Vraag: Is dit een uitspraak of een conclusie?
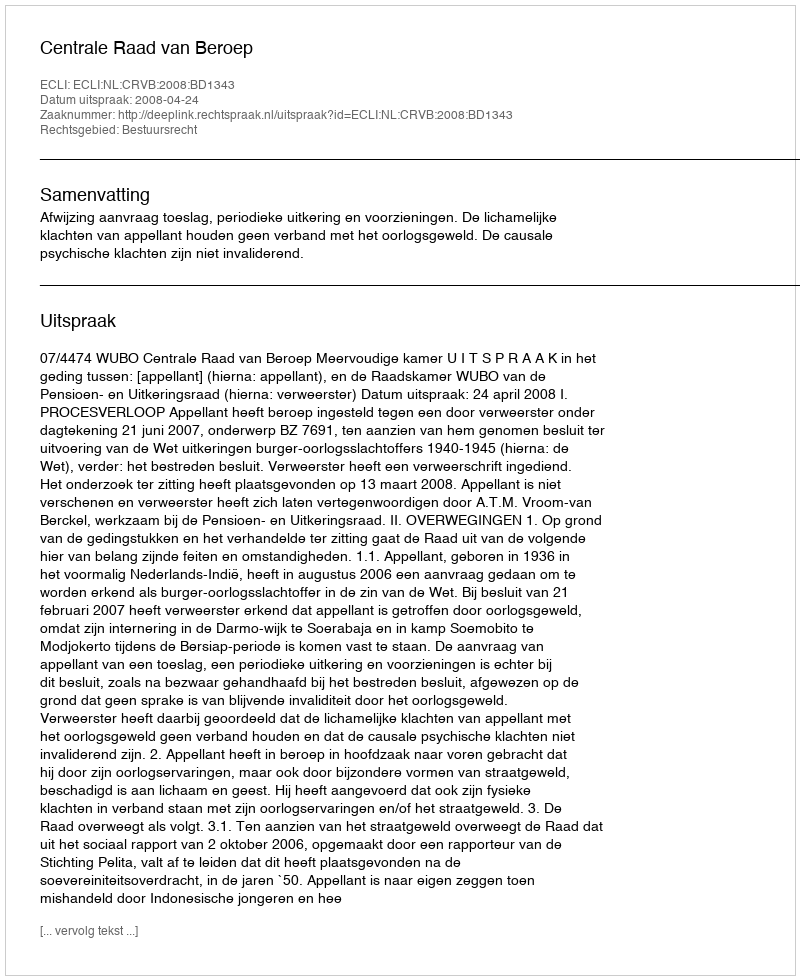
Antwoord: Uitspraak